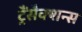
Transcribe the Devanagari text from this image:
ट्रैंसैक्शन्स